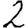
Digit: 2